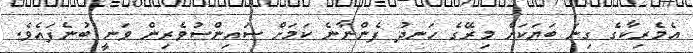
އެމެރިކާގެ ގިނަ ބަޔަކަށް މިރޭގެ ހަނދު ފެންނާނެ ކަމަށް ސައިންސުވެރިން ވަނީ ބުނެފައެވެ.